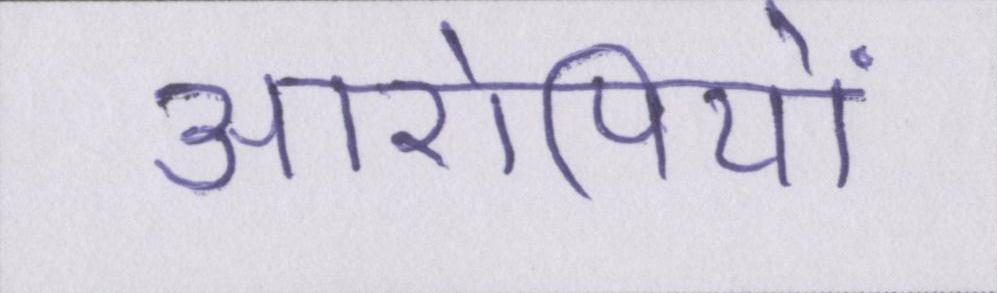
आरोपियों